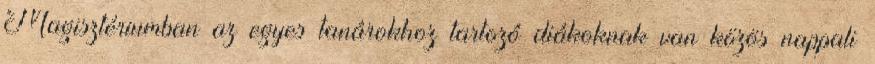
Magisztériumban az egyes tanárokhoz tartozó diákoknak van közös nappali